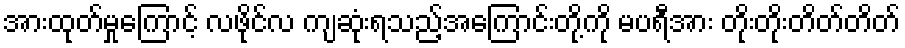
အားထုတ်မှုကြောင့် လဖိုင်လ ကျဆုံးရသည့်အကြောင်းတို့ကို မပရီအား တိုးတိုးတိတ်တိတ်